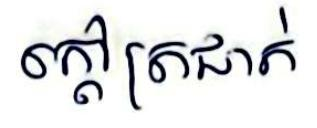
ក្ដៅត្រជាក់